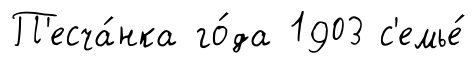
П'есча́нка го́да 1903 с'емье́